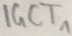
Text: IGCT1